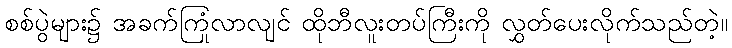
စစ်ပွဲများ၌ အခက်ကြုံလာလျင် ထိုဘီလူးတပ်ကြီးကို လွှတ်ပေးလိုက်သည်တဲ့။